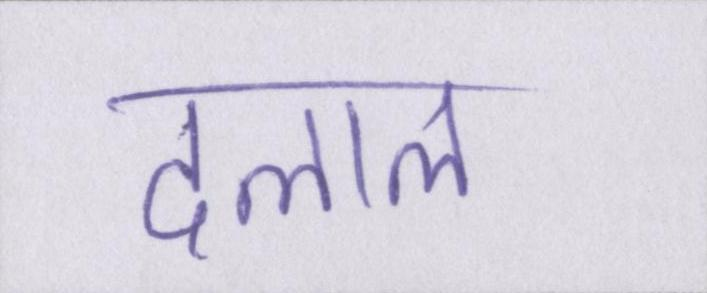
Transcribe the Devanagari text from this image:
दलाल